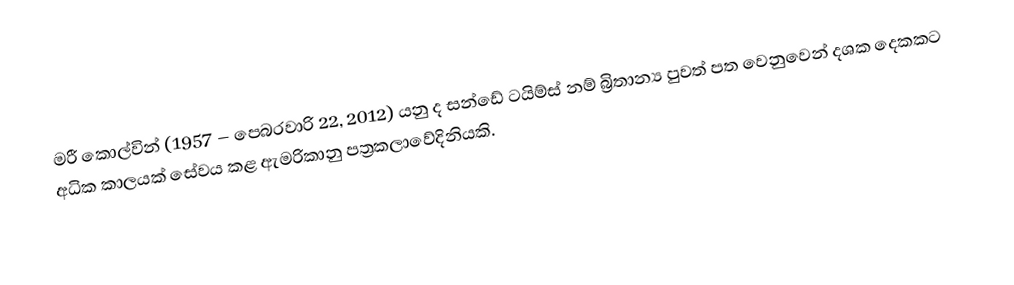
මරී කොල්වින් (1957 – පෙබරවාරි 22, 2012) යනු ද සන්ඩේ ටයිම්ස් නම් බ්‍රිතාන්‍ය පුවත් පත වෙනුවෙන් දශක දෙකකට අධික කාලයක් සේවය කළ ඇමරිකානු පත්‍රකලාවේදිනියකි.